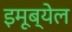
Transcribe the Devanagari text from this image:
इमूब्येल